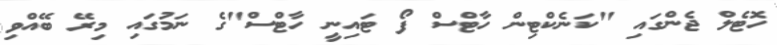
ހޮޓެލް ޖެންގައި "ކަނެކްޓިން ހާޓްސް ފޯ ޓައިނީ ހާޓްސް"ގެ ނަމުގައި މިރޭ ބޭއްވި